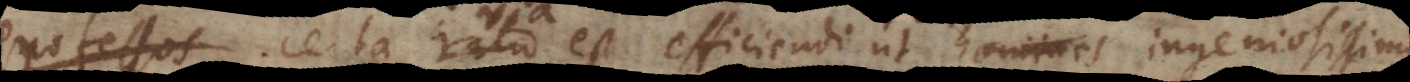
professos certa ratio est efficiendi ut ingeniosissimi